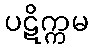
ပဋိက္ကမ